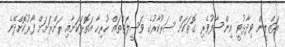
އަޒްލީން ވިދާޅުވީ އިންސާފުވެރި ގޮތަކަށް ސަރުކާރުގެ ވަސީލަތްތައް ހުރިހާ އަތޮޅަކަށާއި ރަށްރަށަށް ފޯރުކޮށްދޭނެ